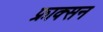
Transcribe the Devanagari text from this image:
फ्राक्सन